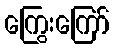
ကြွေးကြော်